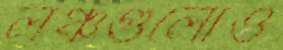
লঞ্চগুলোও